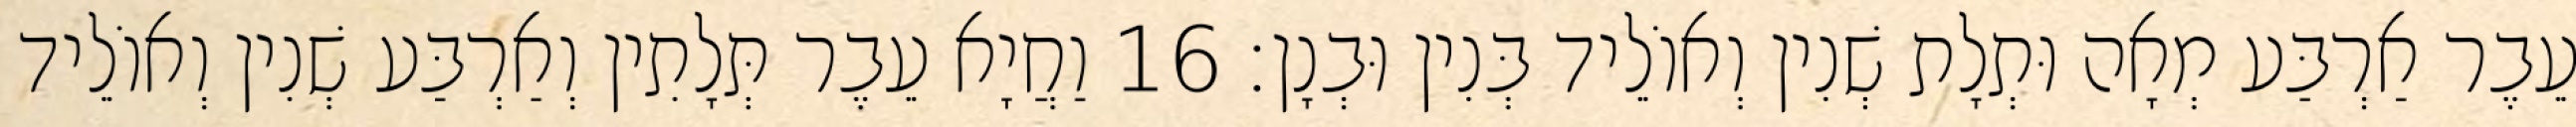
עֵבֶר אַרְבַּע מְאָה וּתְלָת שְׁנִין וְאוֹלֵיד בְּנִין וּבְנָן׃ 16 וַחֲיָא עֵבֶר תְּלָתִין וְאַרְבַּע שְׁנִין וְאוֹלֵיד